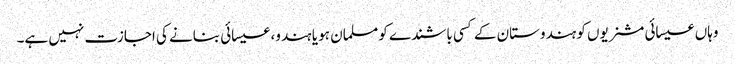
وہاں عیسائی مشنریوں کو ہندوستان کے کسی باشندے کو مسلمان ہو یا ہندو، عیسائی بنانے کی اجازت نہیں ہے۔